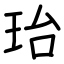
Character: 珆